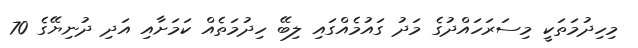
މިހިދުމަތަކީ މިސަރަހައްދުގެ މަދު ގައުމެއްގައި ލިބޭ ހިދުމަތެއް ކަމަށާއި އަދި ދުނިޔޭގެ 70